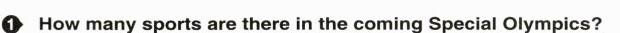
1 How many sports are there in the coming Special Olympics?